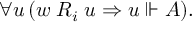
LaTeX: \forall u \, ( w \; R _ { i } \; u \Rightarrow u \Vdash A ) .